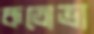
কতোভা